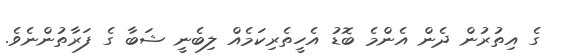
ގެ އިތުރުން ދެން އެންމެ ބޮޑު އެހީތެރިކަމެއް ލިބެނީ ޝަބާ ގެ ފަރާތުންނެވެ.